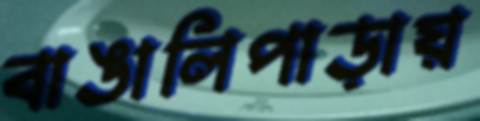
বাঙালিপাড়ায়